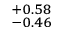
^ { + 0 . 5 8 } _ { - 0 . 4 6 }